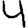
Digit: 4